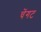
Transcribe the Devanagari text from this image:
चेंगट